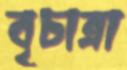
বৃচাত্রা